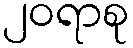
၂၀ရာစု